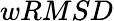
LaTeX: wRMSD